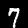
Label: 7